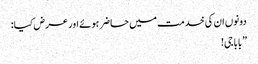
دونوں ان کی خدمت میں حاضر ہوئے اور عرض کیا:
”بابا جی!